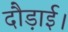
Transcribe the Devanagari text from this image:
दौड़ाई।